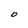
Character: O